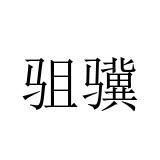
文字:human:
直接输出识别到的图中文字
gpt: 驵骥